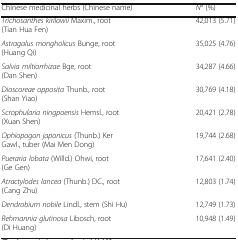
| Chinese medicinal herbs (Chinese name) | Na (%) |
 | --- | --- |
 | Trichosanthes kirilowii Maxim., root (Tian Hua Fen) | 42,013 (5.71) |
 | Astragalus mongholicus Bunge, root (Huang Qi) | 35,025 (4.76) |
 | Salvia miltiorrhizae Bge, root (Dan Shen) | 34,287 (4.66) |
 | Dioscoreae opposita Thunb., root (Shan Yiao) | 30,769 (4.18) |
 | Scrophularia ningpoensis Hemsl., root (Xuan Shen) | 20,421 (2.78) |
 | Ophiopogon japonicus (Thunb.) Ker Gawl., tuber (Mai Men Dong) | 19,744 (2.68) |
 | Pueraria lobata (Willd.) Ohwi, root (Ge Gen) | 17,641 (2.40) |
 | Atractylodes lancea (Thunb.) DC., root (Cang Zhu) | 12,803 (1.74) |
 | Dendrobium nobile Lindl., stem (Shi Hu) | 12,749 (1.73) |
 | Rehmannia glutinosa Libosch, root (Di Huang) | 10,948 (1.49) |